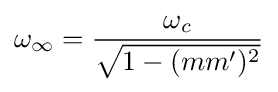
\omega _{\infty }={\frac {\omega _{c}}{\sqrt {1-(mm')^{2}}}}